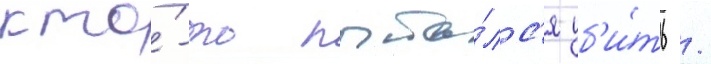
кто́-то пыта́лс'я уб'и́ть /